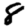
Digit: 8